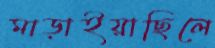
মাড়াইয়াছিলে